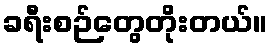
ခရီးစဉ်တွေတိုးတယ်။